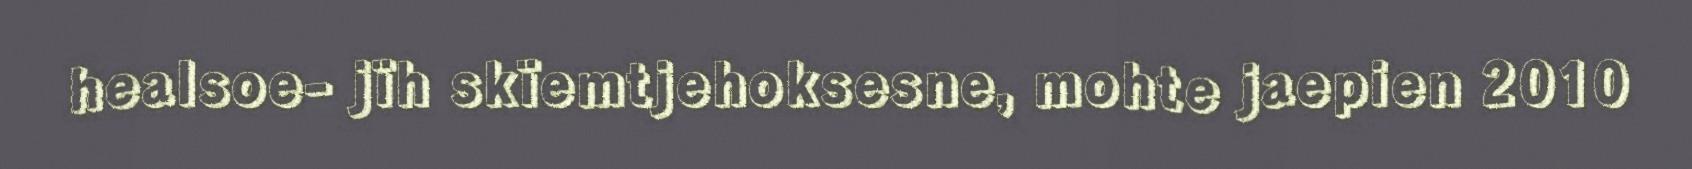
healsoe- jïh skïemtjehoksesne, mohte jaepien 2010